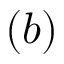
( b )